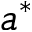
a ^ { \ast }